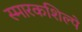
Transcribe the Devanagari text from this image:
स्मारकशिल्पे